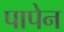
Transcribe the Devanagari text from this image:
पापेन